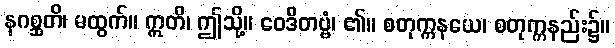
နဂစ္ဆတိ၊ မထွက်။ ဣတိ၊ ဤသို့။ ဝေဒိတဗ္ဗံ၊ ၏။ စတုက္ကနယေ၊ စတုက္ကနည်း၌။